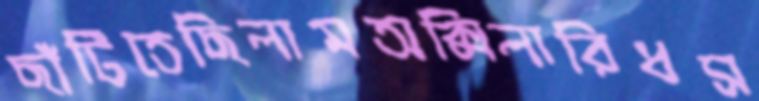
ছাঁটিতেছিলামঅক্সিলারিধস